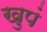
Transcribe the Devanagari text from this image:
खुपं